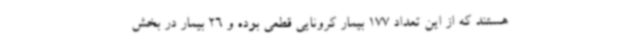
هستند که از این تعداد 177 بیمار کرونایی قطعی بوده و 26 بیمار در بخش